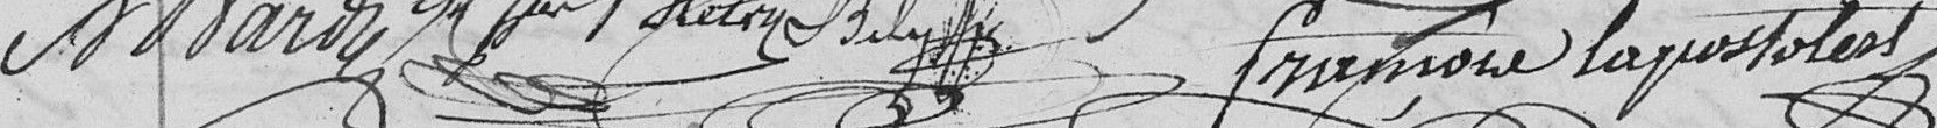
N. MARZ   ?  ?   BELY    François LAPOSTOLET